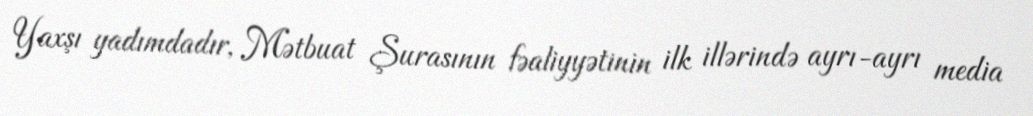
Yaxşı yadımdadır, Mətbuat Şurasının fəaliyyətinin ilk illərində ayrı-ayrı media